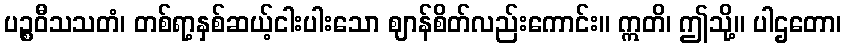
ပဉ္စဝီသသတံ၊ တစ်ရာ့နှစ်ဆယ့်ငါးပါးသော ဈာန်စိတ်လည်းကောင်း။ ဣတိ၊ ဤသို့။ ပါဌတော၊